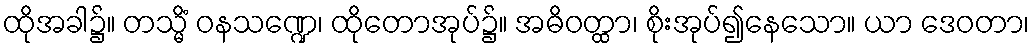
ထိုအခါ၌။ တသ္မိံ ဝနသဏ္ဍေ၊ ထိုတောအုပ်၌။ အဓိဝတ္ထာ၊ စိုးအုပ်၍နေသော။ ယာ ဒေဝတာ၊